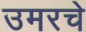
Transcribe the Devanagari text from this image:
उमरचे